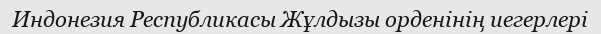
Индонезия Республикасы Жұлдызы орденінің иегерлері